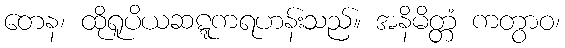
တေန၊ ထိုရူပိယဆဋ္ဋကရဟန်းသည်။ အနိမိတ္တံ ကတွာဝ၊